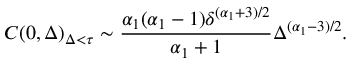
C ( 0 , \Delta ) _ { \Delta < \tau } \sim \frac { \alpha _ { 1 } ( \alpha _ { 1 } - 1 ) \delta ^ { ( \alpha _ { 1 } + 3 ) / 2 } } { \alpha _ { 1 } + 1 } \Delta ^ { ( \alpha _ { 1 } - 3 ) / 2 } .